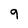
Character: q